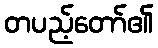
တပည့်တော်၏